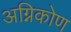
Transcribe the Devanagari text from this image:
अग्निकोण